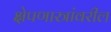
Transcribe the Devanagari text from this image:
क्षेपणास्त्रांवरील